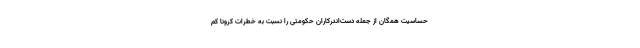
حساسیت همگان از جمله دست‌اندرکاران حکومتی را نسبت به خطرات کرونا کم